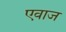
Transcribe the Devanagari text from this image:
एवाज